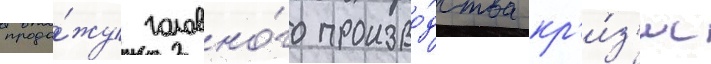
прода́жу головно́го произво́дства кр'и́з'ис